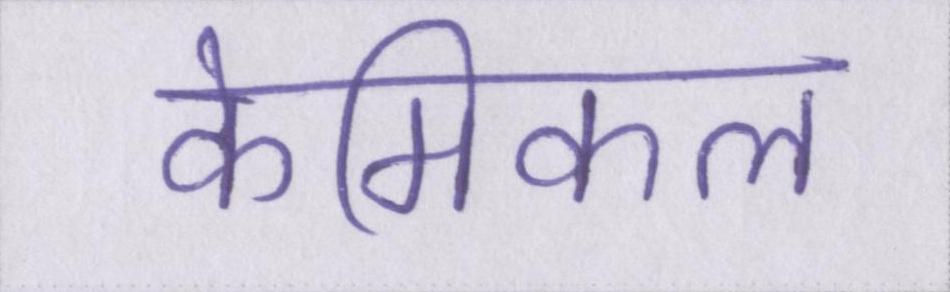
केमिकल